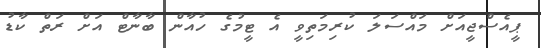
ޕީއެސްޖީއަށް މައްސަލަ ކުރިމަތިވީ އެ ޓީމުގެ ހުއާން ބާނާޓް އަށް ރަތް ކާޑު